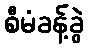
စီမံခန့်ခွဲ